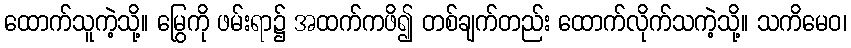
ထောက်သူကဲ့သို့။ မြွေကို ဖမ်းရာ၌ အထက်ကဖိ၍ တစ်ချက်တည်း ထောက်လိုက်သကဲ့သို့။ သကိမေဝ၊